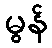
မွန်